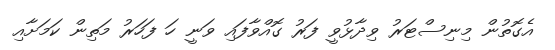
އެގޮތުން މިނިސްޓަރު ވިދާޅުވީ ފަރު ގޮއްވާފައި ވަނީ ހަ ފަހަރު މަތިން ކަމަށާއި